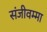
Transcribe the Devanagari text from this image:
संजीवम्मा